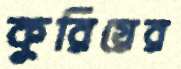
কুরিয়ের